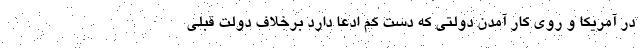
در آمریکا و روی کار آمدن دولتی که دست کم ادعا دارد برخلاف دولت قبلی